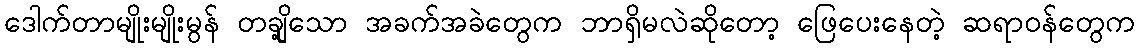
ဒေါက်တာမျိုးမျိုးမွန် တချို့သော အခက်အခဲတွေက ဘာရှိမလဲဆိုတော့ ဖြေပေးနေတဲ့ ဆရာဝန်တွေက